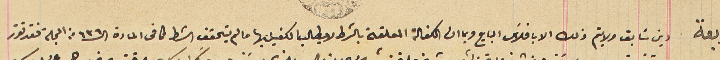
دين سَابق ولا يتم ذلك الا بافلاسَ البايع وبما ان الكفالة المعلقة بالشرط لا يطالب الكفيل بها ما لم يتحقق الشرط كما فى المادة الـ ٦٣٦ من المجلة فقد تقرر